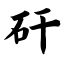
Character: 矸